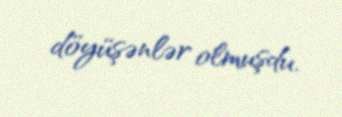
döyüşənlər olmuşdu.